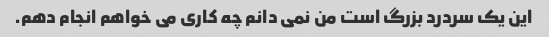
این یک سردرد بزرگ است من نمی دانم چه کاری می خواهم انجام دهم.